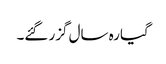
گیارہ سال گزر گئے۔